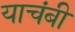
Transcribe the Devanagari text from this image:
याचंबी